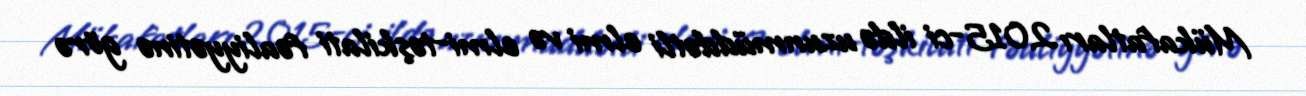
Mükafatları 2015-ci ildə uzunmüddətli elmi və elmi-təşkilati fəaliyyətinə görə